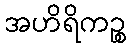
အဟိရိကဉ္စ